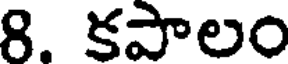
8. కపాలం